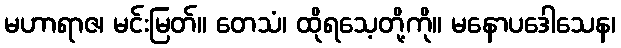
မဟာရာဇ၊ မင်းမြတ်။ တေသံ၊ ထိုရသေ့တို့ကို။ မနောပဒေါသေန၊